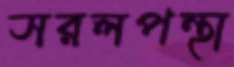
সরলপন্থা